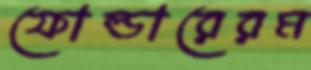
ফোল্ডারেরম